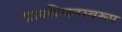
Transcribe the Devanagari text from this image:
प्रायश्चितस्वरूप